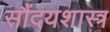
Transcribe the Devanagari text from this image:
सौंदयशास्त्र